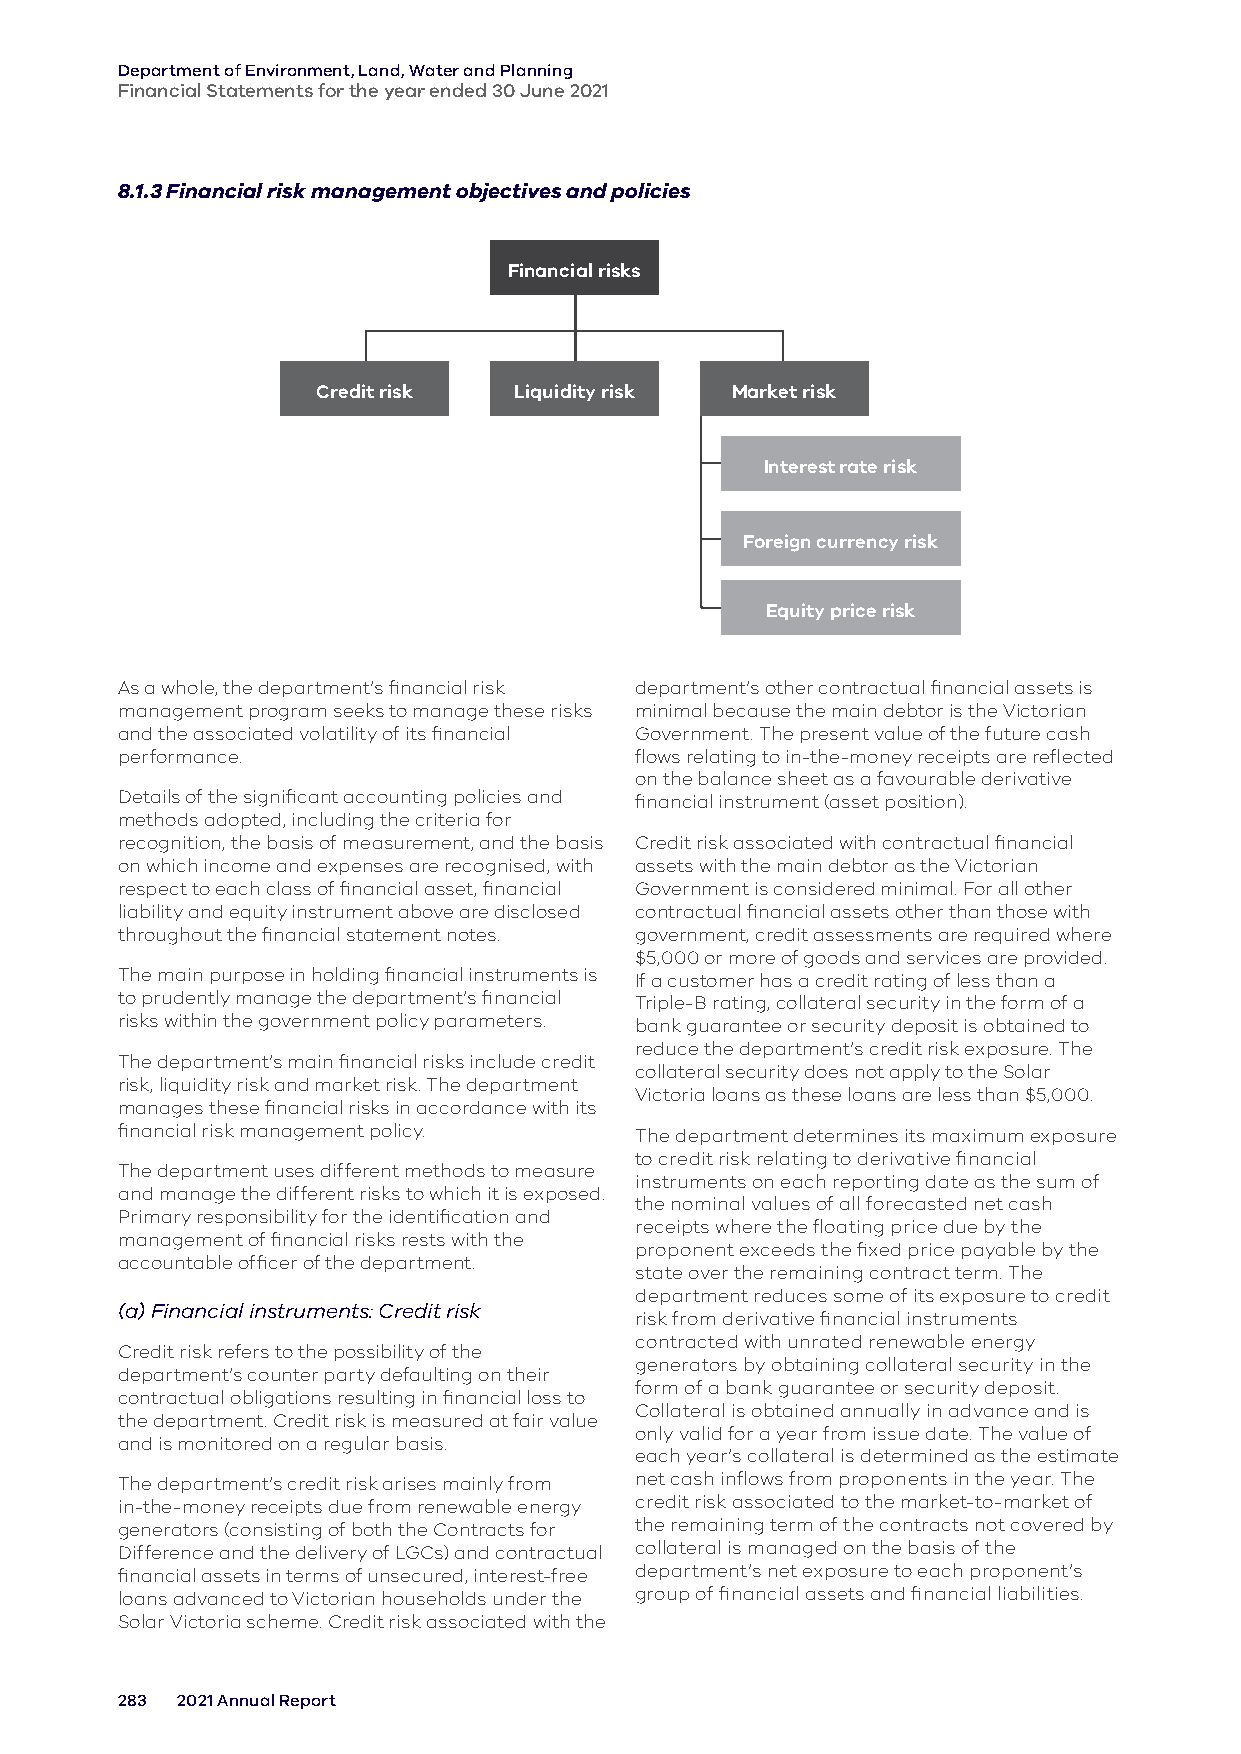
Department of Environment, Land, Water and Planning
 Financial Statements for the year ended 30 June 2021
 8.1.3 Financial risk management objectives and policies
 Financial risks
 Credit risk  Liquidity risk Market risk
 Interest rate risk
 Foreign currency risk
 Equity price risk
 As a whole, the department’s financial risk department’s other contractual financial assets is
 management program seeks to manage these risks minimal because the main debtor is the Victorian
 and the associated volatility of its financial Government. The present value of the future cash
 performance.                      flows relating to in-the-money receipts are reflected
 on the balance sheet as a favourable derivative
 Details of the significant accounting policies and financial instrument (asset position).
 methods adopted, including the criteria for
 recognition, the basis of measurement, and the basis Credit risk associated with contractual financial
 on which income and expenses are recognised, with assets with the main debtor as the Victorian
 respect to each class of financial asset, financial Government is considered minimal. For all other
 liability and equity instrument above are disclosed contractual financial assets other than those with
 throughout the financial statement notes. government, credit assessments are required where
 $5,000 or more of goods and services are provided.
 The main purpose in holding financial instruments is If a customer has a credit rating of less than a
 to prudently manage the department’s financial Triple-B rating, collateral security in the form of a
 risks within the government policy parameters. bank guarantee or security deposit is obtained to
 reduce the department’s credit risk exposure. The
 The department’s main financial risks include credit
 collateral security does not apply to the Solar
 risk, liquidity risk and market risk. The department
 Victoria loans as these loans are less than $5,000.
 manages these financial risks in accordance with its
 financial risk management policy. The department determines its maximum exposure
 to credit risk relating to derivative financial
 The department uses different methods to measure
 instruments on each reporting date as the sum of
 and manage the different risks to which it is exposed.
 the nominal values of all forecasted net cash
 Primary responsibility for the identification and
 receipts where the floating price due by the
 management of financial risks rests with the
 proponent exceeds the fixed price payable by the
 accountable officer of the department.
 state over the remaining contract term. The
 department reduces some of its exposure to credit
 (a) Financial instruments: Credit risk
 risk from derivative financial instruments
 contracted with unrated renewable energy
 Credit risk refers to the possibility of the
 generators by obtaining collateral security in the
 department’s counter party defaulting on their
 form of a bank guarantee or security deposit.
 contractual obligations resulting in financial loss to
 Collateral is obtained annually in advance and is
 the department. Credit risk is measured at fair value
 only valid for a year from issue date. The value of
 and is monitored on a regular basis.
 each year’s collateral is determined as the estimate
 The department’s credit risk arises mainly from net cash inflows from proponents in the year. The
 in-the-money receipts due from renewable energy credit risk associated to the market-to-market of
 generators (consisting of both the Contracts for the remaining term of the contracts not covered by
 Difference and the delivery of LGCs) and contractual collateral is managed on the basis of the
 financial assets in terms of unsecured, interest-free department’s net exposure to each proponent’s
 loans advanced to Victorian households under the group of financial assets and financial liabilities.
 Solar Victoria scheme. Credit risk associated with the
 283 2021 Annual Report